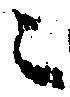
々